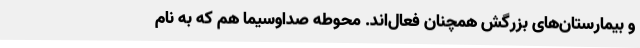
و بیمارستان‌های بزرگش همچنان فعال‌اند. محوطه صداوسیما هم که به نام